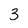
Character: 3